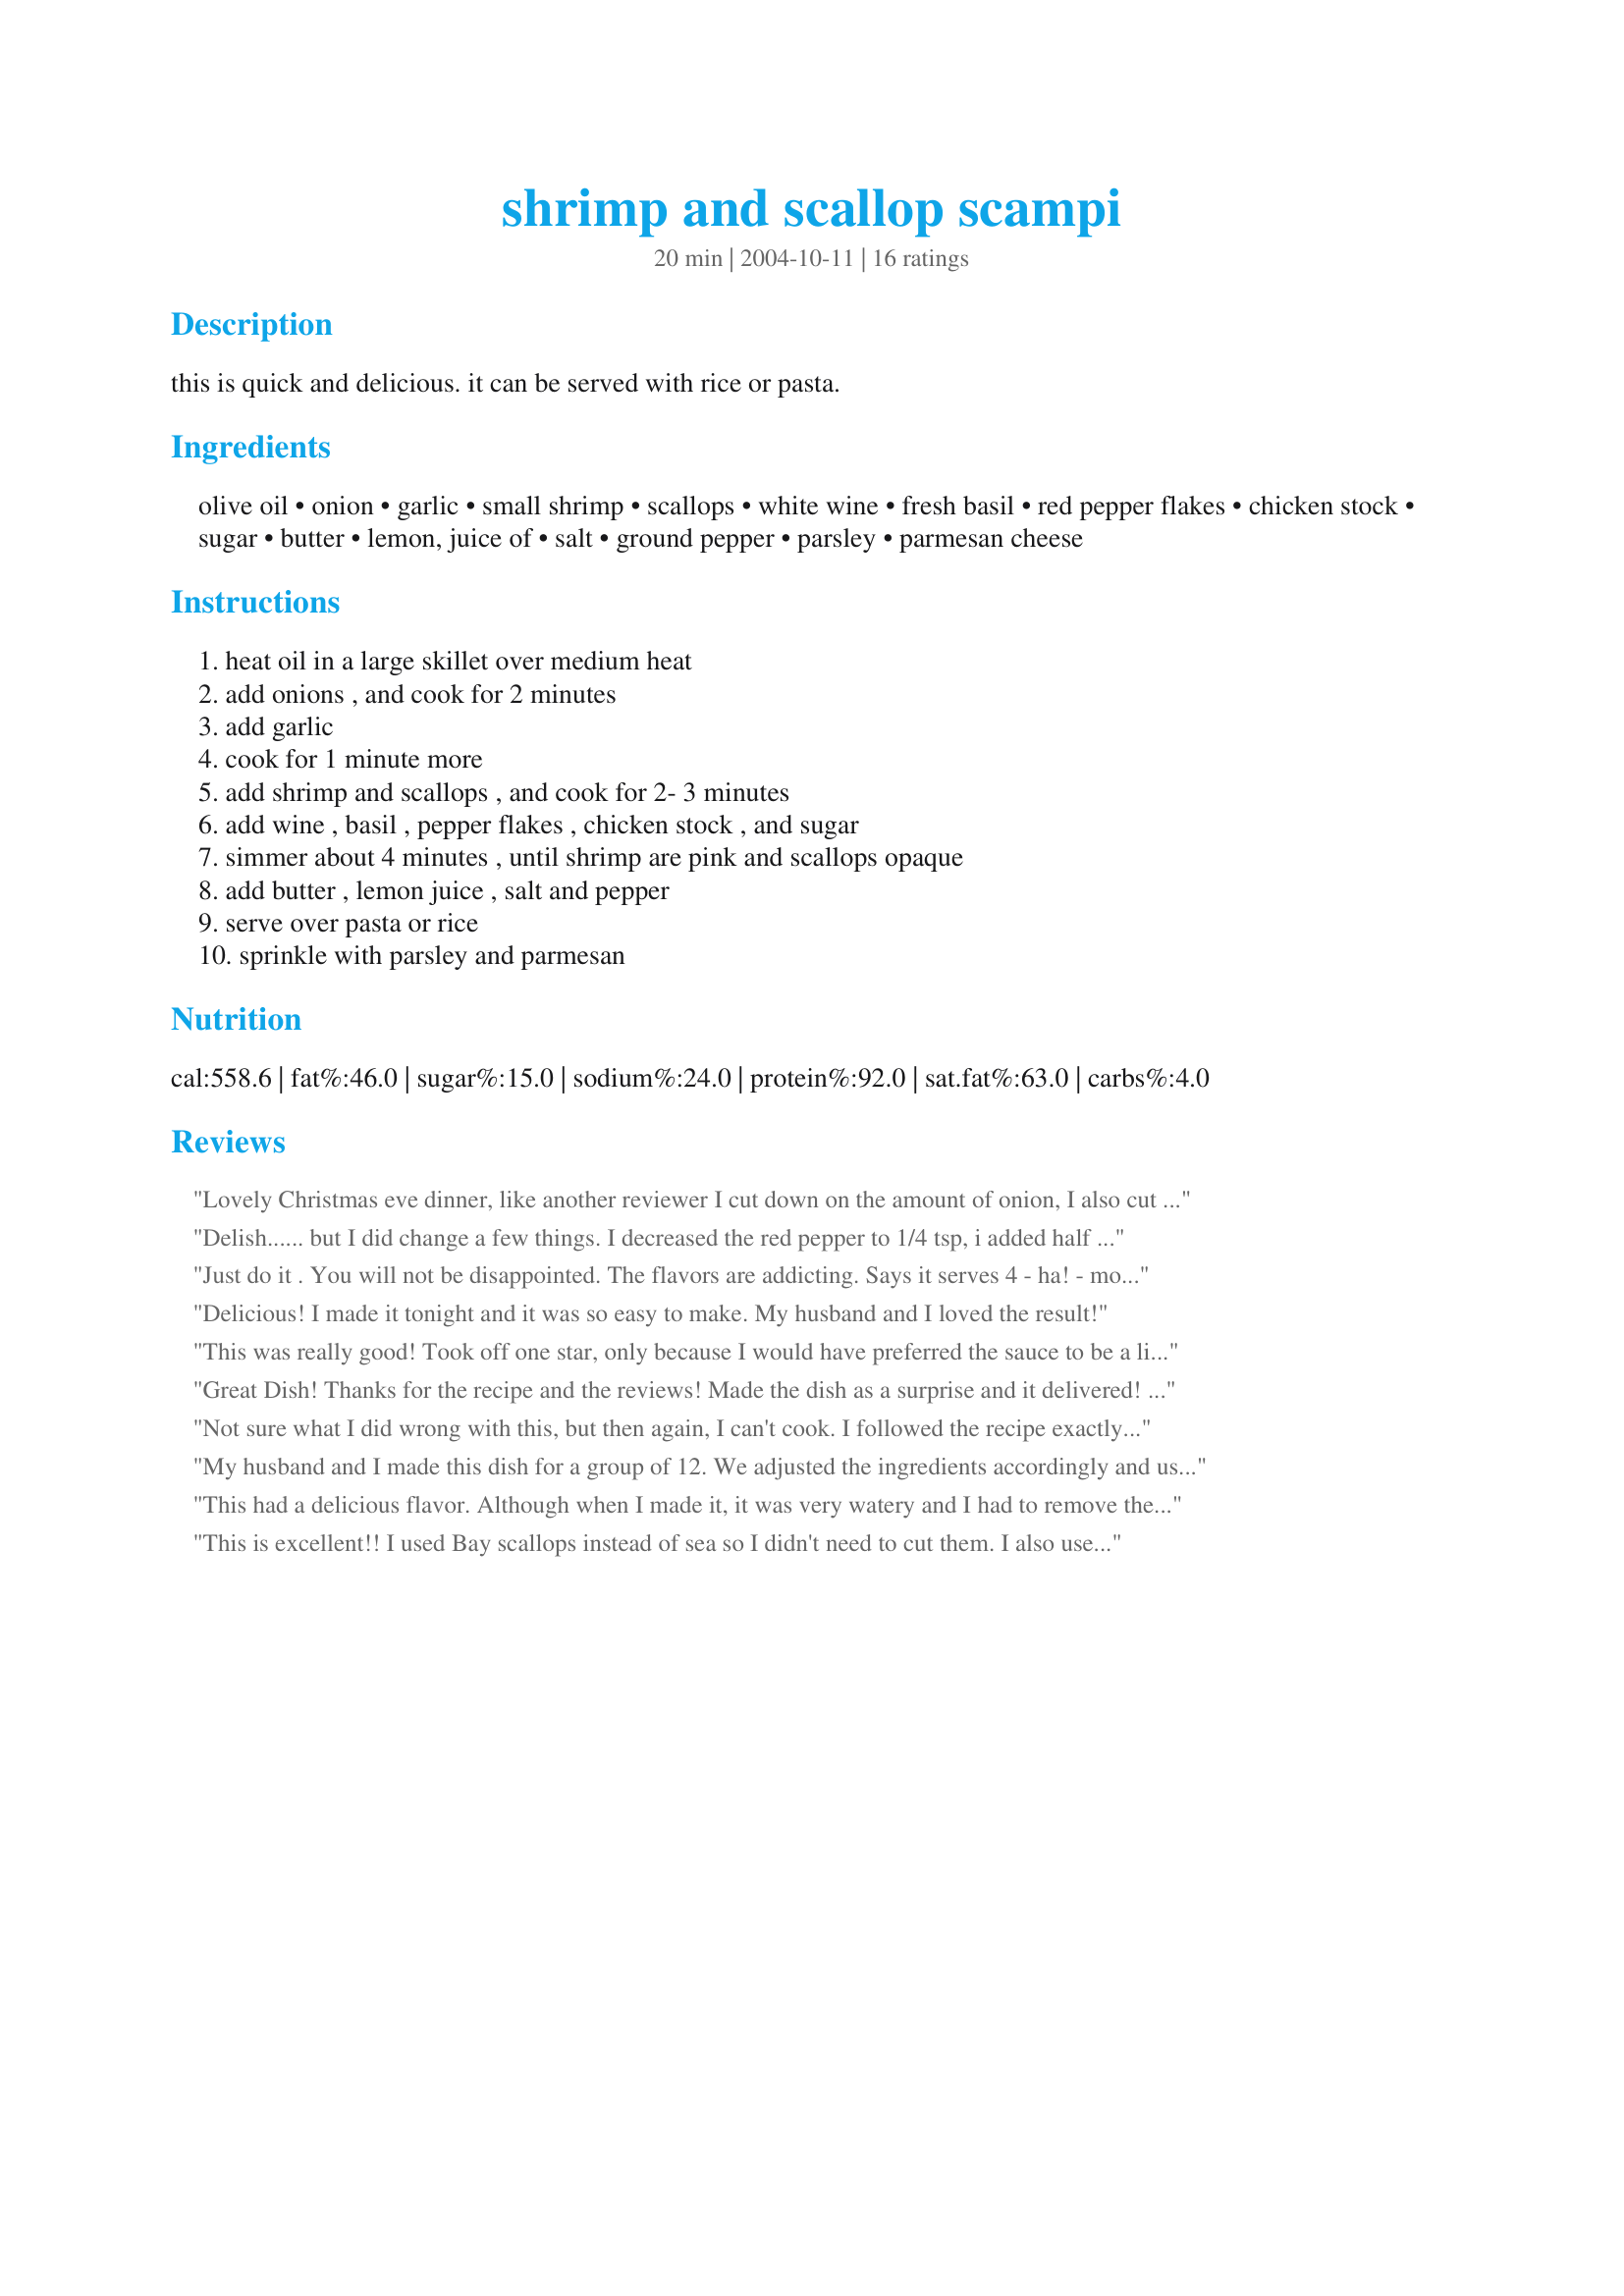
shrimp and scallop scampi
Preparation time: 20 minutes

this is quick and delicious. it can be served with rice or pasta.

Ingredients:
olive oil, onion, garlic, small shrimp, scallops, white wine, fresh basil, red pepper flakes, chicken stock, sugar, butter, lemon, juice of, salt, ground pepper, parsley, parmesan cheese

Steps:
heat oil in a large skillet over medium heat, add onions , and cook for 2 minutes, add garlic, cook for 1 minute more, add shrimp and scallops , and cook for 2- 3 minutes, add wine , basil , pepper flakes , chicken stock , and sugar, simmer about 4 minutes , until shrimp are pink and scallops opaque, add butter , lemon juice , salt and pepper, serve over pasta or rice, sprinkle with parsley and parmesan

Reviews:
Lovely Christmas eve dinner,
like another reviewer I cut down on the amount of onion, I also cut the recipe in half which didn't hurt it at all. I also didn't have any parsley which didn't seem to affect it at all. I served it with sour dough bread and salad, we didn't need pasta or rice although it would be nice with it. Thanks for an easy, tasty appetizer or main dish.
Delish...... but I did change a few things. I decreased the red pepper to 1/4 tsp, i added half and half with the chicken broth and stirred the parm cheese into the both. It is a watery broth but it makes the bread yummy. The taste is great but I am going to work on the consistency.
Just do it . You will not be disappointed. The flavors are addicting. Says it serves 4 - ha! - more like 2 hungry adults who happen to love shell fish and scampi flavors! Wish I&#039;d doubled this, as DH and I are looking around saying, &quot;More?&quot; You better bet this will go into the rotation, especially when seafood is on sale. Thank you for the recipe, and thank you for all the reviews.
Delicious! I made it tonight and it was so easy to make. My husband and I loved the result!
This was really good! Took off one star, only because I would have preferred the sauce to be a little thicker. But, with a little adjustment I think that it will be perfect for us.
Great Dish! Thanks for the recipe and the reviews! Made the dish as a surprise and it delivered! To thicken the sauce, I seasoned about 3 tablespoons of flour with old bay and pepper and in a separate bowl, mixed the flour with scampi Sauce after step 7. ( I used 1/4 cup of the cooked sauce to create to create a rue). I added the rue with the butter, lemon juice and cooked for an additional 3 minutes. It came out great! This is a must keep recipe! Really enjoyed it! BTW, I also used more garlic and used Bay scallops and added parmesan cheese to the sauce. Great taste! Thanks again
Not sure what I did wrong with this, but then again, I can't cook.

I followed the recipe exactly, including timing the cooking parts, except for two things: I used crushed garlic from a jar, and I used mushrooms instead of shrimp because only the scallops were on sale!

The scampi was really watery, more like a broth than a sauce I could put over noodles. And it tasted overwhelmingly like wine. I was hoping the mushrooms would absorb some of the garlic as I put them in longest, with the onions. But we didn't get much flavor from the butter or garlic. I read another review about thickening it with half and half, but wasn't sure exactly how to do it, and I don't think that would have helped the flavor.

I think the reviewer who said that "it is a very delicate sauce" is the closest to how we felt about it. It was quite sweet (we used Charles Shaw Sauvignon Blanc, maybe that was the problem!) I might try this again with stronger chicken stock, much less wine, and more garlic and lemon.
My husband and I made this dish for a group of 12. We adjusted the ingredients accordingly and used less onion as others had suggested. It was a success!!!! Everyone loved it and the best part was that it was easy to make. Thank you lucy k.
This had a delicious flavor. Although when I made it, it was very watery and I had to remove the seafood (I used frozen)and thicken it with the parmesan and a little cream. But, this did not take away from this excellent recipe. Thanks for sharing.
This is excellent!! I used Bay scallops instead of sea so I didn't need to cut them. I also used to more cloves of garlic because we love garlic in this house. I did serve it over linguini. Delicious and easy to make. Thanks lucy k.
I have to say I followed this recipe to the tee. Turned out GREAT!!! Yes it's watery, however, white sauce is suppose to be watery. I also used bay scallops(small ones). I also added 2 tablespoons of Parmesan cheese to the sauce. The flavors are out of this world. I LOVED IT!!!
DH and I had fantastically fresh scallops and shrimp. Since we'd eaten them plain the night prior, we wanted a pasta dish that would accent (rather than overpower) great seafood. This was perfect! To cut down of calories, I subbed the olive oil with butter and skipped adding it to the sauce later. *Make Sure* you have a light crusty bread to soak up the sauce. It's a very delicate sauce worth scooping from the bottom of your pasta bowl!
Our New Years eve dinner guests loved this dish. I made some modifications though to suit my tastes. Much, much less onion. I used maybe a quarter cup of onion, no wine at all. Used 4 tbsp butter mixed with the oil at the start, then added another 4 tbsp butter while shrimp and scallops were cooking. Thanks Lucy k!
Recently served this at a campground seafood feast..it was well received and several people wanted the recipe..it has become a permanent recipe in my collection..
Awesome Recipe!!! made this for a romantic night with my wife ;) It was perfect served with linguini and garlic bread. Little less onion that called for, would like to try making it with jumbo shrimp… Gr8 recipe thank you everyone at recipezaar !!!!
yummy yummy yummy!!! I made this for my hubby's birthday dinner and put it on linquini...I will definately be making this again.
